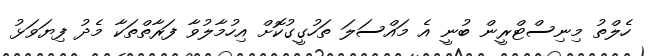
ހެލްތު މިނިސްޓްރީން ބުނީ އެ މައްސަލަ ތަހުގީގުކޮށް އިހުމާލުވާ ފަރާތްތަކާ މެދު ފިޔަވަޅު